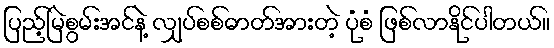
ပြည့်မြဲစွမ်းအင်နဲ့ လျှပ်စစ်ဓာတ်အားတဲ့ ပုံစံ ဖြစ်လာနိုင်ပါတယ်။